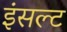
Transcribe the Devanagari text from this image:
इंसल्ट